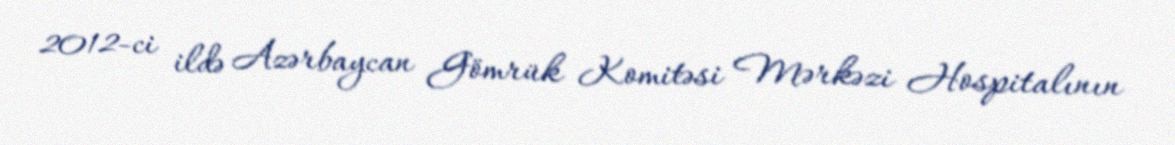
2012-ci ildə Azərbaycan Gömrük Komitəsi Mərkəzi Hospitalının